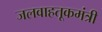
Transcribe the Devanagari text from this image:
जलवाहतूकमंत्री